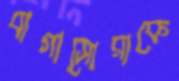
বাগাসোরাকে